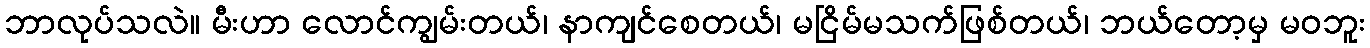
ဘာလုပ်သလဲ။ မီးဟာ လောင်ကျွမ်းတယ်၊ နာကျင်စေတယ်၊ မငြိမ်မသက်ဖြစ်တယ်၊ ဘယ်တော့မှ မဝဘူး